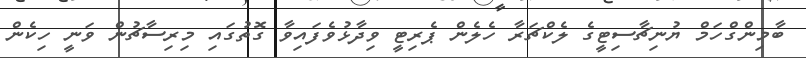
ބާމިންގްހަމް ޔުނިޗާސިޓީގެ ލެކްޗަރާ ހެލެން ޕެރިޓީ ވިދާޅުވެފައިވާ ގޮތުގައި މިރިސާޗުން ވަނީ ހިކެން